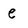
Character: e